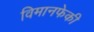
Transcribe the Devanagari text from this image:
विमानफेकी